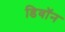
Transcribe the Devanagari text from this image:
डिवॉन